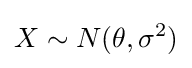
X\sim N(\theta ,\sigma ^{2})